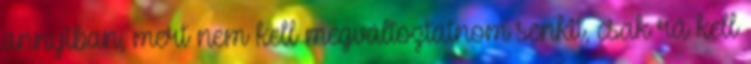
annyiban, mert nem kell megváltoztatnom senkit, csak rá kell